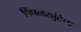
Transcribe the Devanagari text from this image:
पिंपळखुंटेचा